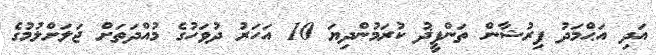
އަދި އަޙްމަދު ފިރުޝާން ތަންފީޛު ކުރަމުންދިޔަ 10 އަހަރު ދުވަހުގެ މުއްދަތަށް ޖަލަށްލުމުގެ